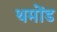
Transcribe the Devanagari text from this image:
थमोंड